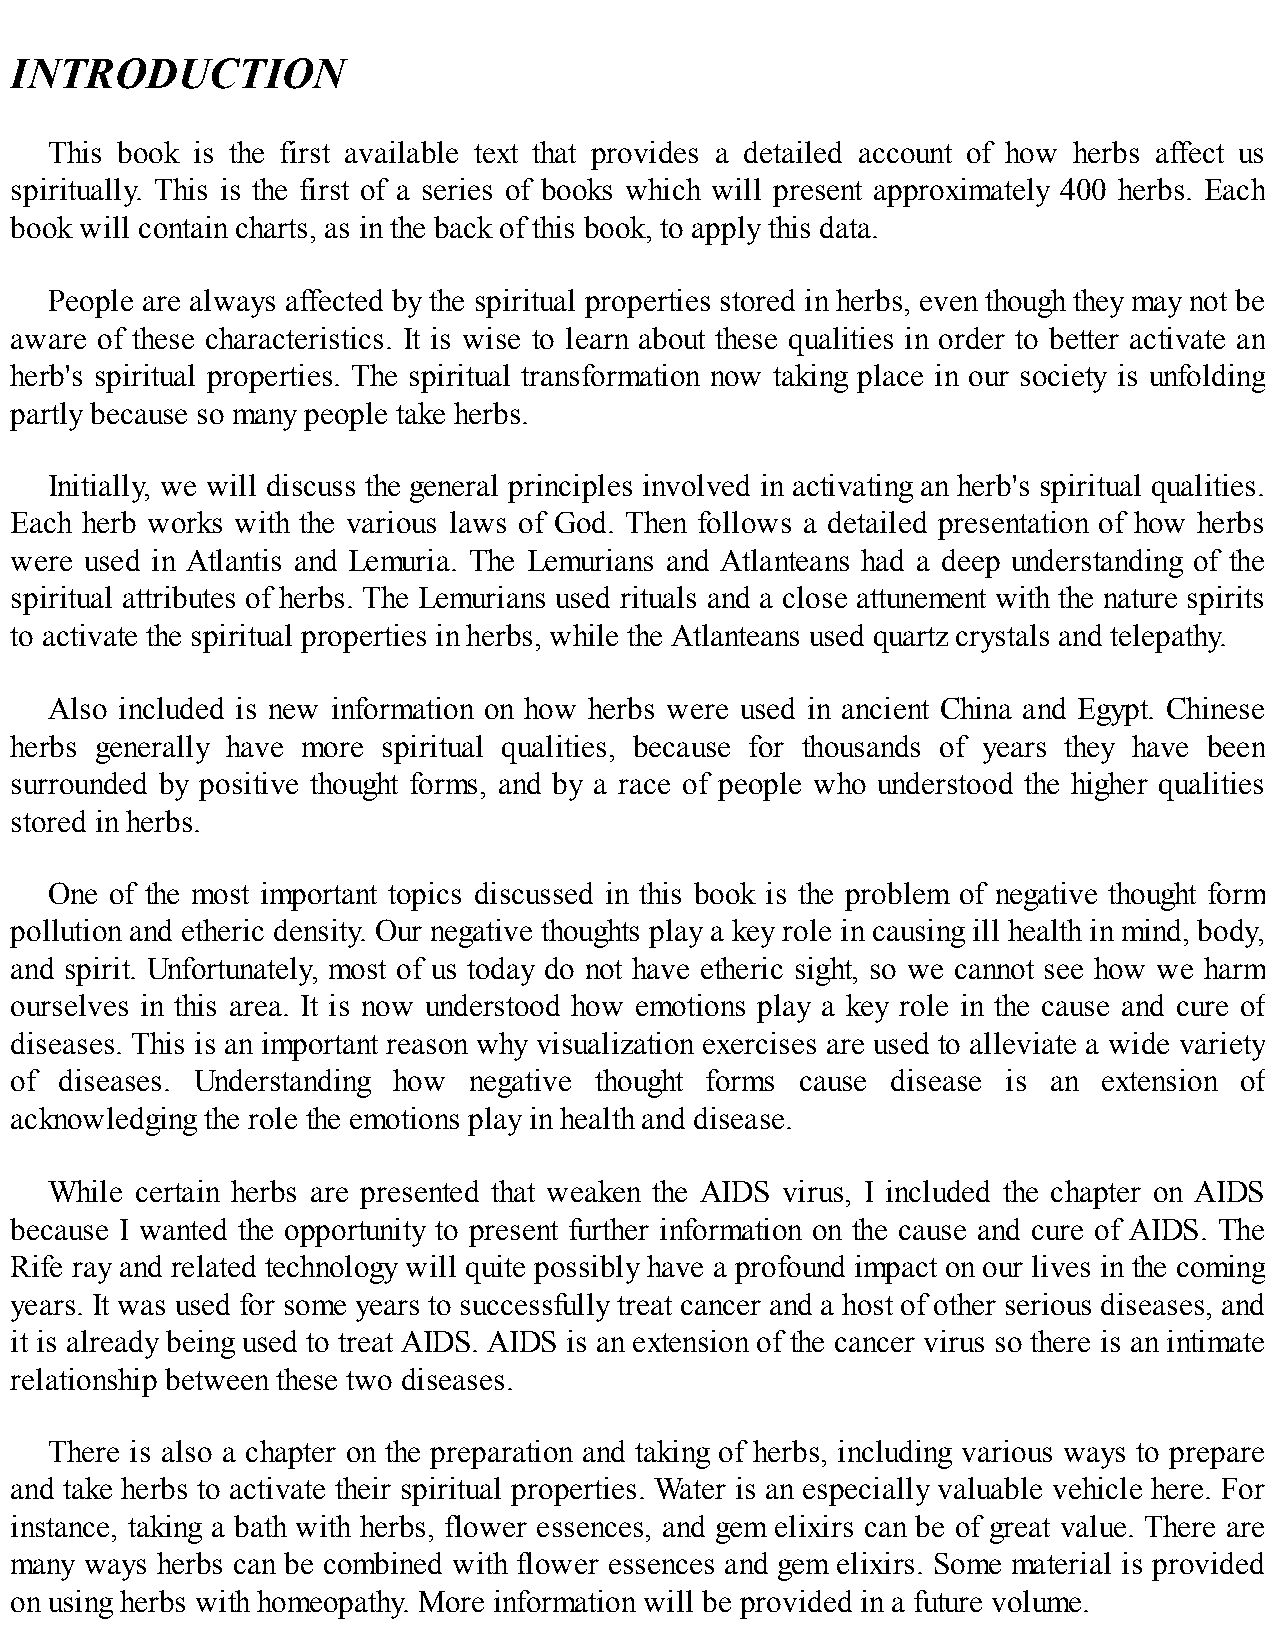
INTRODUCTION
 This book is the first available text that provides a detailed account of how herbs affect us
 spiritually. This is the first of a series of books which will present approximately 400 herbs. Each
 book will contain charts, as in the back of this book, to apply this data.
 People are always affected by the spiritual properties stored in herbs, even though they may not be
 aware of these characteristics. It is wise to learn about these qualities in order to better activate an
 herb's spiritual properties. The spiritual transformation now taking place in our society is unfolding
 partly because so many people take herbs.
 Initially, we will discuss the general principles involved in activating an herb's spiritual qualities.
 Each herb works with the various laws of God. Then follows a detailed presentation of how herbs
 were used in Atlantis and Lemuria. The Lemurians and Atlanteans had a deep understanding of the
 spiritual attributes of herbs. The Lemurians used rituals and a close attunement with the nature spirits
 to activate the spiritual properties in herbs, while the Atlanteans used quartz crystals and telepathy.
 Also included is new information on how herbs were used in ancient China and Egypt. Chinese
 herbs generally have more spiritual qualities, because for thousands of years they have been
 surrounded by positive thought forms, and by a race of people who understood the higher qualities
 stored in herbs.
 One of the most important topics discussed in this book is the problem of negative thought form
 pollution and etheric density. Our negative thoughts play a key role in causing ill health in mind, body,
 and spirit. Unfortunately, most of us today do not have etheric sight, so we cannot see how we harm
 ourselves in this area. It is now understood how emotions play a key role in the cause and cure of
 diseases. This is an important reason why visualization exercises are used to alleviate a wide variety
 of diseases. Understanding how negative thought forms cause disease is an extension of
 acknowledging the role the emotions play in health and disease.
 While certain herbs are presented that weaken the AIDS virus, I included the chapter on AIDS
 because I wanted the opportunity to present further information on the cause and cure of AIDS. The
 Rife ray and related technology will quite possibly have a profound impact on our lives in the coming
 years. It was used for some years to successfully treat cancer and a host of other serious diseases, and
 it is already being used to treat AIDS. AIDS is an extension of the cancer virus so there is an intimate
 relationship between these two diseases.
 There is also a chapter on the preparation and taking of herbs, including various ways to prepare
 and take herbs to activate their spiritual properties. Water is an especially valuable vehicle here. For
 instance, taking a bath with herbs, flower essences, and gem elixirs can be of great value. There are
 many ways herbs can be combined with flower essences and gem elixirs. Some material is provided
 on using herbs with homeopathy. More information will be provided in a future volume.